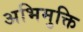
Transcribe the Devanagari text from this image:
अभिमुक्ति